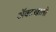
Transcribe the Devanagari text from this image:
ॲक्टखाली